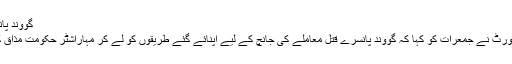
گووند پانسرے، فوٹو: پی ٹی آئی
نئی دہلی: بامبے ہائی کورٹ نے جمعرات کو کہا کہ گووند پانسرے قتل معاملے کی جانچ کے لیے اپنائے گئے طریقوں کو لے کر مہاراشٹر حکومت مذاق کا موضوع بن گئی ہے۔